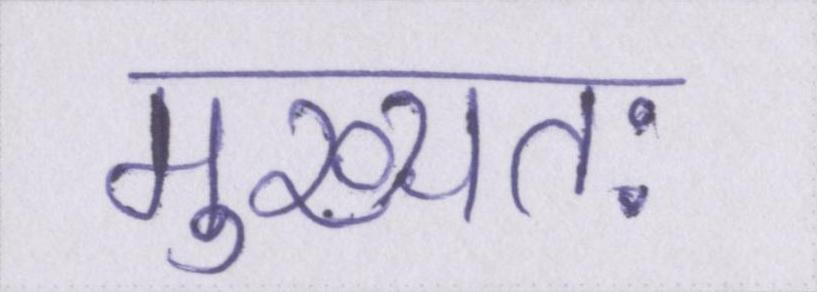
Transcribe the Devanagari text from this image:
मुख्यतः